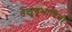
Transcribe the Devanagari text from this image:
तेलुगूभाषियों